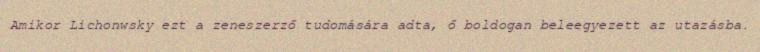
Amikor Lichonwsky ezt a zeneszerző tudomására adta, ő boldogan beleegyezett az utazásba.